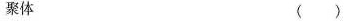
聚体 （ ）